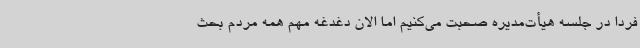
فردا در جلسه هیأت‌مدیره صحبت می‌کنیم اما الان دغدغه مهم همه مردم بحث